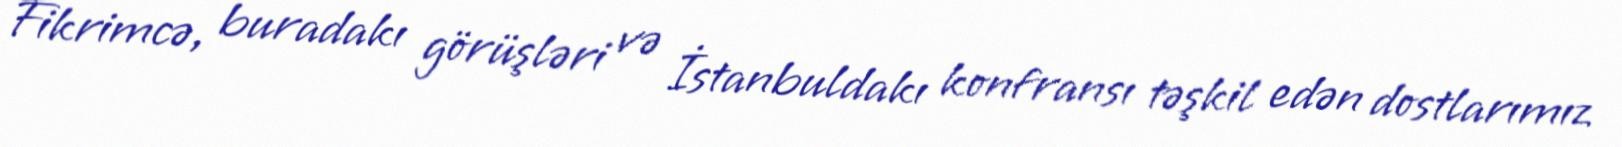
Fikrimcə, buradakı görüşləri və İstanbuldakı konfransı təşkil edən dostlarımız